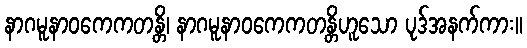
နာဂမူနာဝကေကတန္တိ၊ နာဂမူနာဝကေကတန္တိဟူသော ပုဒ်အနက်ကား။